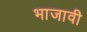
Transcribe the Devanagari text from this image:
भाजावी